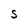
Character: S